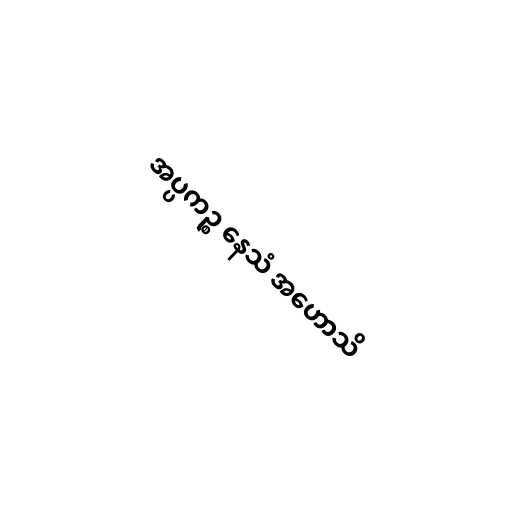
အပ္ပကဉ္စ နေသံ အဟောသိ